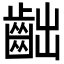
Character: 𪗨